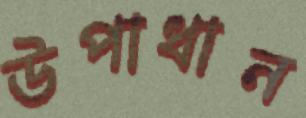
উপাধান